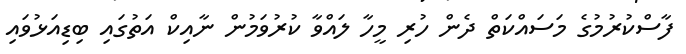
ފާސްކުރުމުގެ މަސައްކަތް ދެން ހުރި މީހާ ލައްވާ ކުރުވަމުން ނާއިކް އަތުގައި ބިޑިއަޅުވައި